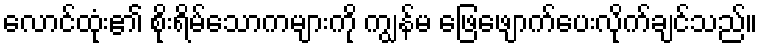
လောင်ထုံး၏ စိုးရိမ်သောကများကို ကျွန်မ ဖြေဖျောက်ပေးလိုက်ချင်သည်။